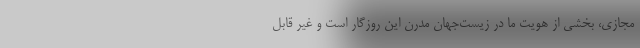
مجازی، بخشی از هویت ما در زیست‌جهان مدرنِ این روزگار است و غیر قابل